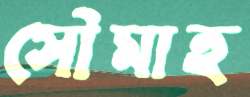
সৌমাহ